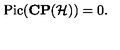
\mathrm { P i c } ( { \bf C P } ( { \cal H } ) ) = 0 .